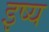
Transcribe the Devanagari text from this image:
इष्य